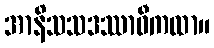
အာနိသသဒဿာဝီကထာ။